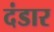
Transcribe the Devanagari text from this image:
दंडार